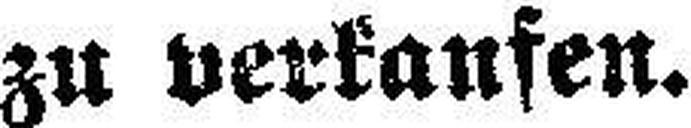
zu verkaufen.